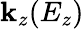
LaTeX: \mathbf{k}_{z}(E_{z})